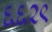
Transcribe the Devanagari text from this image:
६६२९